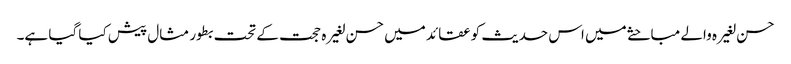
حسن لغیرہ والے مباحثے میں اس حدیث کو عقائد میں حسن لغیرہ حجت کے تحت بطور مثال پیش کیا گیا ہے۔